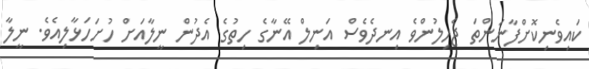
ކައިވެނިކޮށްފާނަންތަ ޖެހިލުންވެ އިނދެވެސް އަނިލް އޭނާގެ ހިތުގެ އެދުން ނީލާއަށް ހުށަހަޅާލިއެވެ. ނީލާ